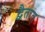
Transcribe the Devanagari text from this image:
द्वैतात